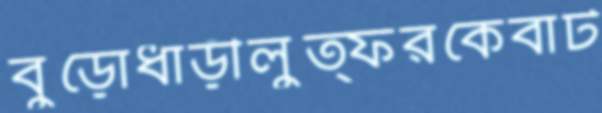
বুড়োধাড়ীলুত্ফরকেবাট